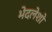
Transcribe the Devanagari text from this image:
भेदलेशो